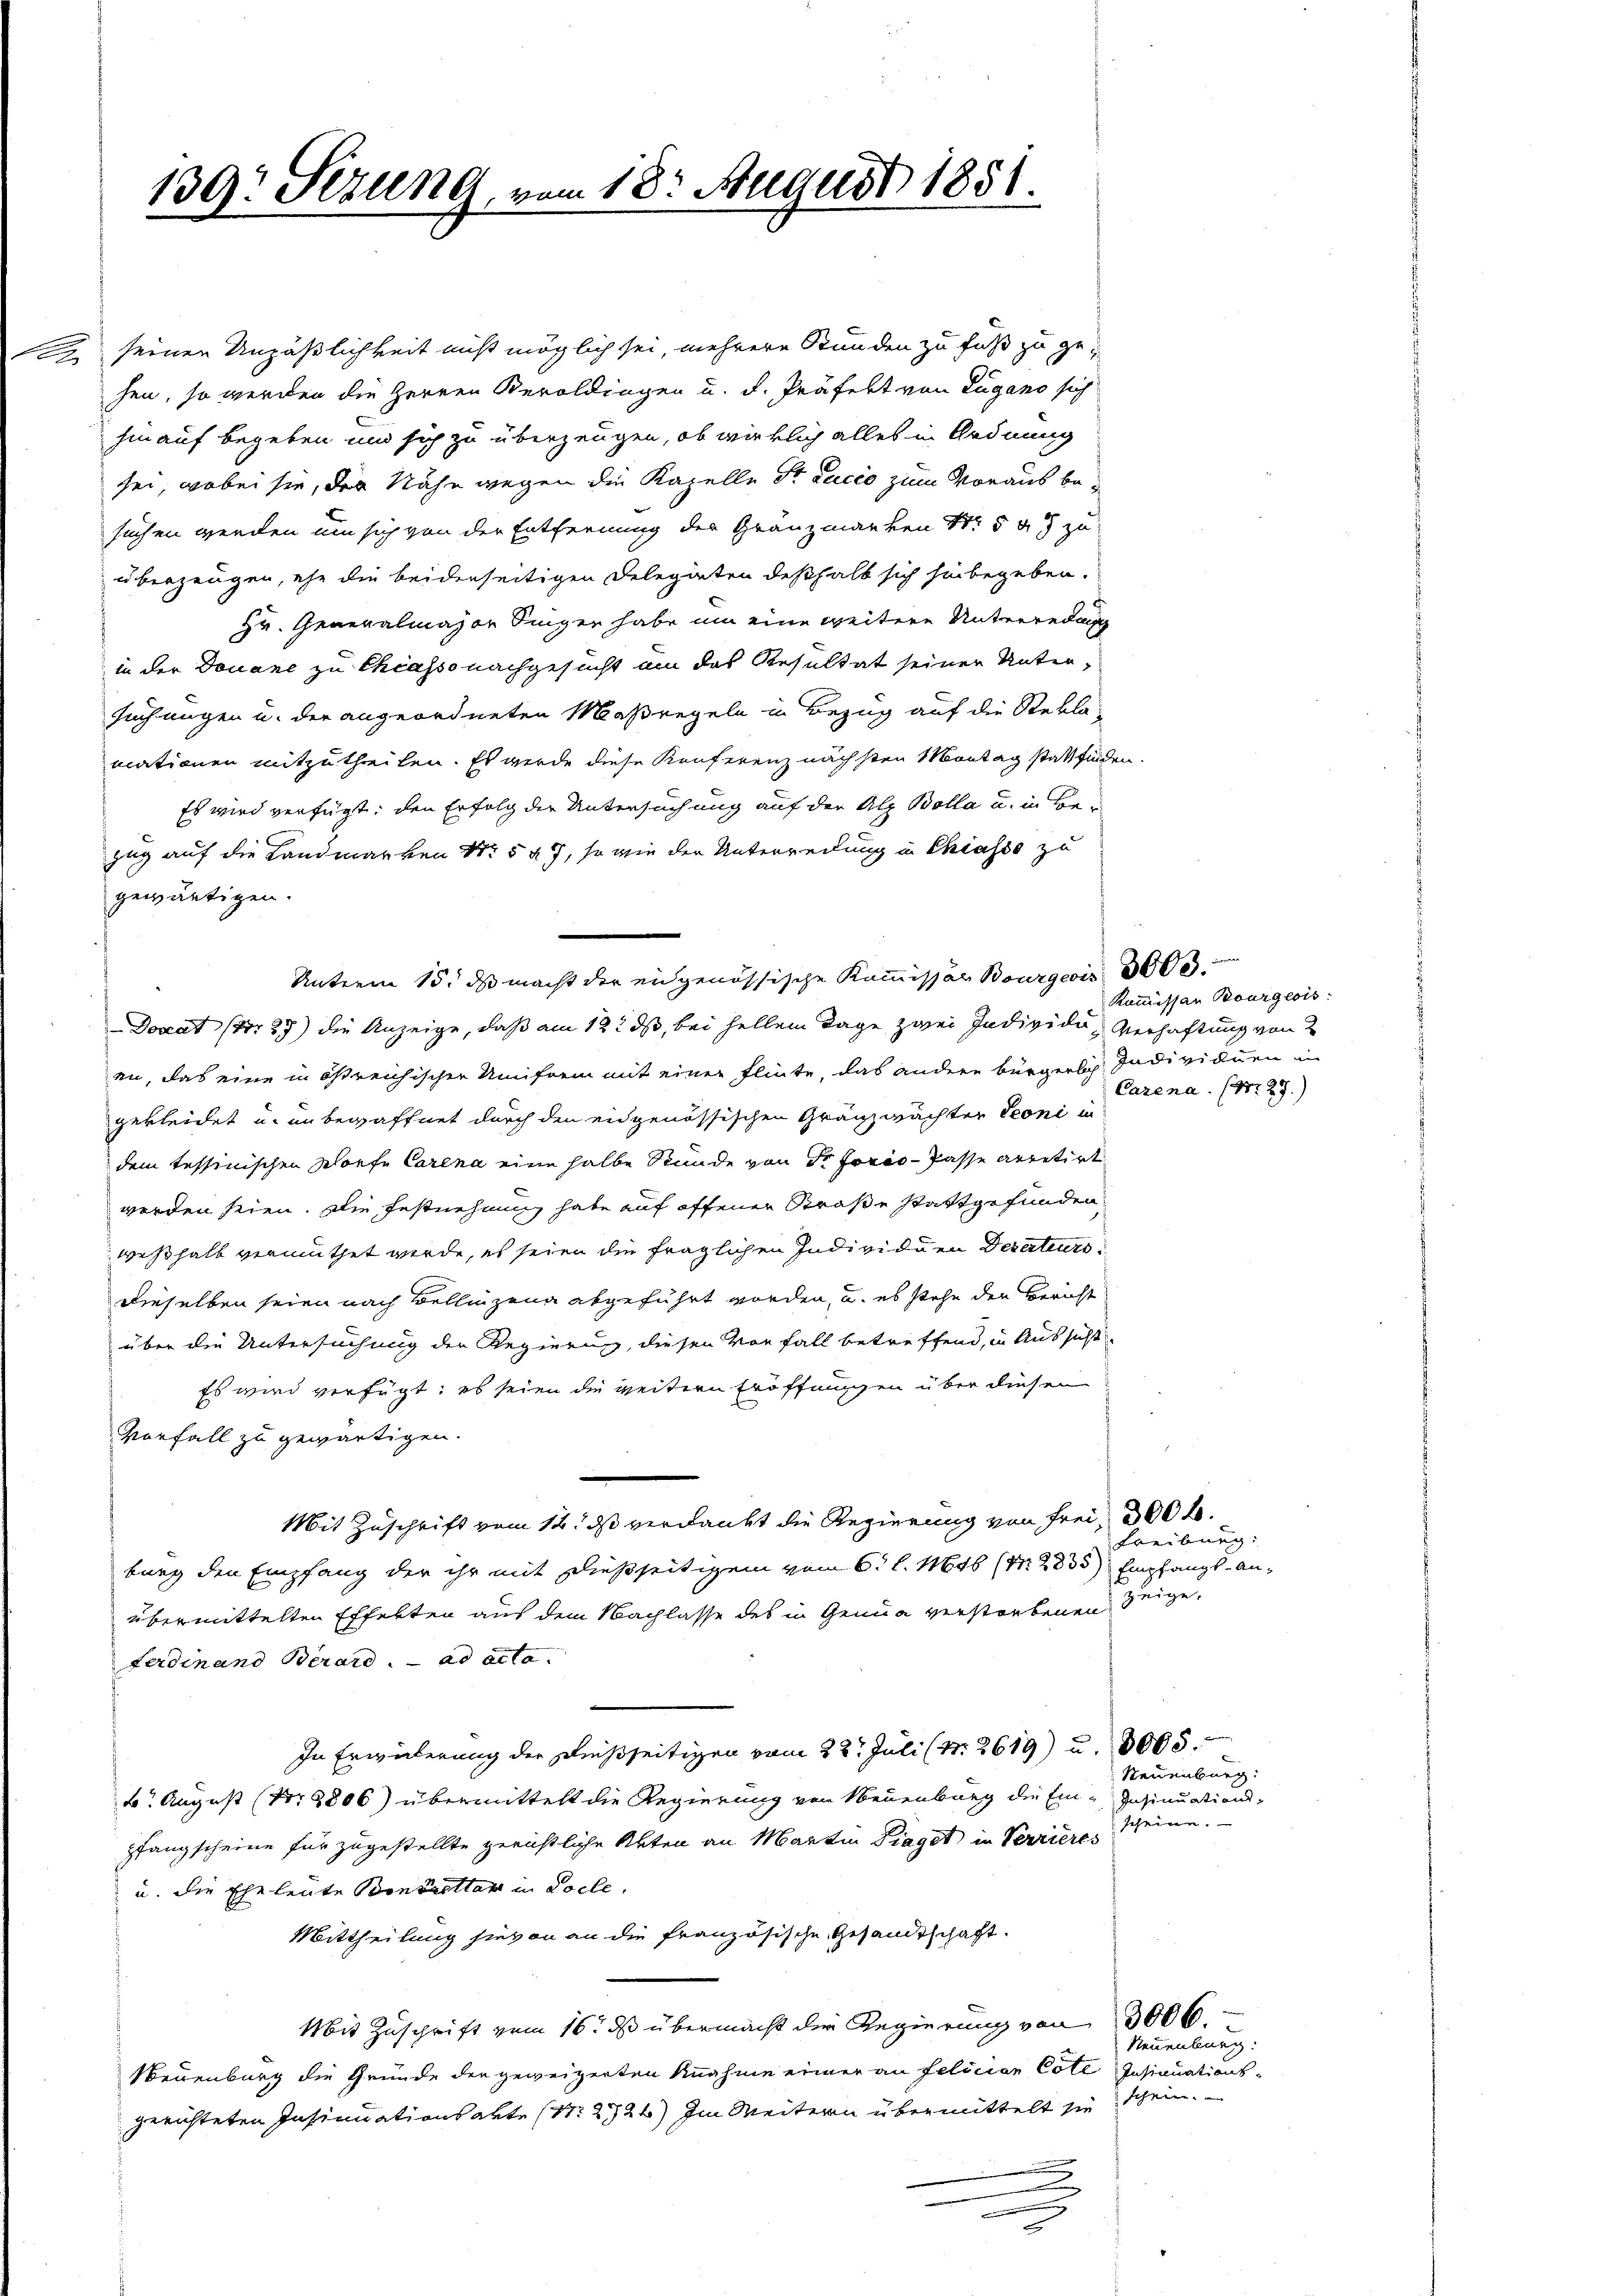
2

139: Sezung, vom 18. August 1851.

seinen Unpäßlichkeit nicht möglich sei, mehrere Stunden zu Fuß zu gehen, so werden die Herren Beroldingen u. d. Präfekt von Lugano sich
hin auf begeben und sich zu überzeugen, ob wirklich alles in Ordnung
sei, wobei sie, der Nähe wegen die Kapelle St. Lucio zum Voraus besuchen werden um sich von der Entfernung der Gränzmarken Nr. 547 zu
überzeugen, ehe die beiderseitigen Delegirten deßhalb sich hinbegeben.
Hr. Generalmajor Singer habe um eine weitere Unterredung
in der Douane zu Chiasso nachgesucht um das Resultat seiner Untersuchungen u. der angeordneten Maßregeln in Bezug auf die Rekla-
mationen mitzutheilen. Es werde diese Konferenz nächsten Montag stattfinden.
Es wird verfügt: den Erfolg der Untersuchung auf der Alp Bolla u. in Bezug auf die Landmarken Nr. 547, so wie der Unterredung in Chiasso zu
gewärtigen.
Dorat (Nr. 27) die Anzeige, daß am 12. ds, bei hellem Tage zwei Individu Verhaftung von 2
an, das eine in östreichischen Uniform mit einer Flinte, das andere bürgerlich Individuen in
gekleidet u. in bewaffnet durch den eidgenössischen Gränzwächter Seoni in
dem tessinischen Worfe Carena eine halbe Stunde von der Forco- Pässe arretirt
werden seien. Die Festnehmung hate auf offener Straße stattgefunden
weßhalb vermuthet werde, es seien die fraglichen Individuen Derateursdieselben seien nach Bellinzona abgeführt worden, u. es stehe der Bericht
über die Untersuchung der Regierung, diesen Vorfall betreffend, in Aussicht
Es wird verfügt; es seien die weitern Eröffnungen über diesen
Vorfall zu gewärtigen.
Mit Zuschrift vom 12. ds verdankt die Regierung von Frei, 300 f.
burg den Empfang der ihr mit dießseitigem vom 6. l. 1646 (N. 2835) Empfangs-Anübermittelten Effekten aus dem Nachlasse des in Genua verstorbenen zeige,
Ferdinand Berare. ad acta.
In Erwälerung der dießseitigen vom 22. Juli (N. 2619) u. 1005.
6 August (Nr. 2806) übermittelt die Regierung von Neuenburg die Ein-Insinuations-
pfangscheine für zugestellte gerichtliche Akten an Martin Diaget in Verrieres
u. die Eheleute Bonbrettare in Locle.
Mittheilung hievon an die französische Gesandtschaft.
Mit Zuschrift vom 16. ds übermacht die Regierung von 3000.
Neuenburg die Gründe der geweigerten Knahme einer an felician Cote Insinuations-
gerichteten Insinuationsakte (S. 2724) Im Weitern übermittelt sie schein.
n

Unterm 15. ds macht der eidgenössische Kommissar Bourgeois 3000.

Kommissar Bourgeois:
Carena. (Nr. 27.)

Freiburg:

Neuenburg:
scheinen.

Neuenburg: